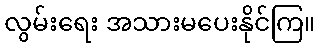
လွမ်းရေး အသားမပေးနိုင်ကြ။